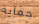
حماية